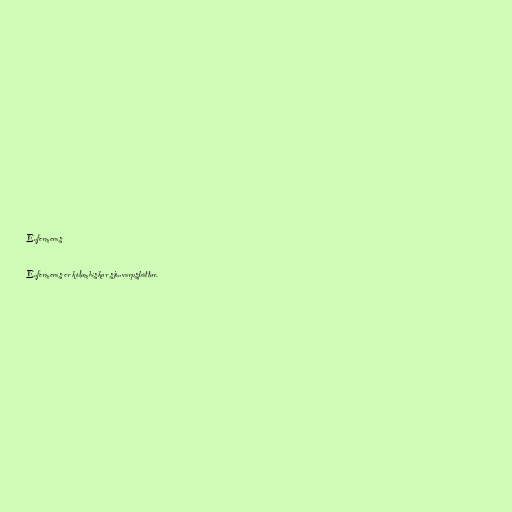
Enfermeras

Enfermeras er kólumbískur sjónvarpsþáttur.